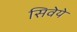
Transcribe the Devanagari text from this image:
सिवेये